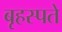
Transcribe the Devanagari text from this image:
बृहस्पते